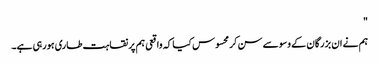
"
ہم نے ان بزرگان کے وسوسے سن کر محسوس کیا کہ واقعی ہم پر نقاہت طاری ہورہی ہے۔